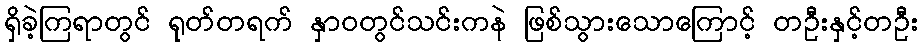
ရှိခဲ့ကြရာတွင် ရုတ်တရက် နှာဝတွင်သင်းကနဲ ဖြစ်သွားသောကြောင့် တဦးနှင့်တဦး